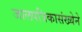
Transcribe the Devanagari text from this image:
जालपत्रिकासंख्येने